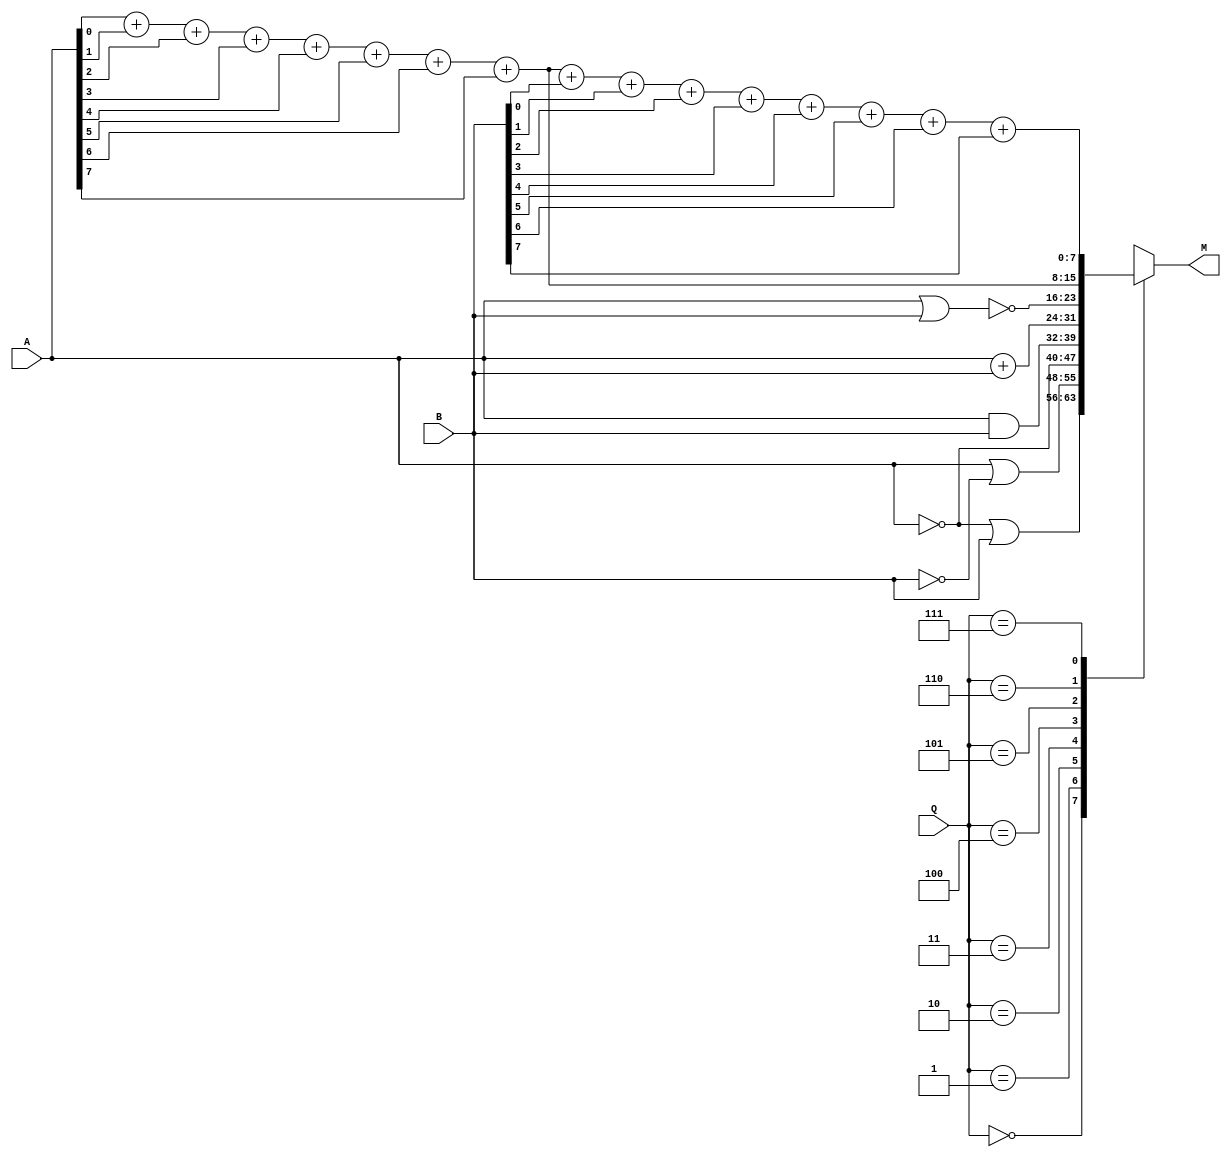
module ALU(input [7:0] A, B, input [2:0]Q, output [7:0]M);

	reg [7:0]Z;
	always@(A, B, Q)
	case(Q)
		3'b000: Z = ~A | B;
		3'b001: Z = A | ~B;
		3'b010: Z = ~A;
		3'b011: Z = A & B;
		3'b100: Z = A + B;
		3'b101: Z = ~(A | B);
		3'b110: Z = A[0] + A[1] + A[2] + A[3] + A[4] + A[5] + A[6] + A[7]; 
		3'b111: Z = A[0] + A[1] + A[2] + A[3] + A[4] + A[5] + A[6] + A[7] + B[0] + B[1] + B[2] + B[3] + B[4] + B[5] + B[6] + B[7];
	endcase
	assign M = Z;
	
endmodule